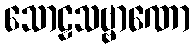
သောဠသဗ္ဗာဏော